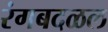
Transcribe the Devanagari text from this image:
रंगबदळल